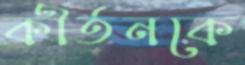
কীর্তনকে